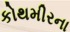
કોથમીરના